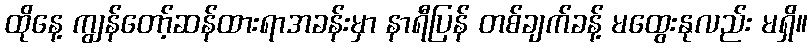
ထိုနေ့ ကျွန်တော့်ဆန်ထားရာအခန်းမှာ နာရီပြန် တစ်ချက်ခန့် မထွေးနုလည်း မရှိ။